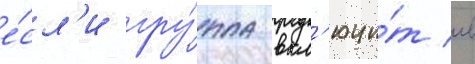
е́сл'и гру́ппа вкл'ючи́т в